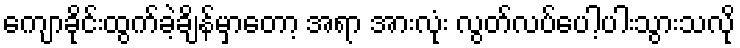
ကျောခိုင်းထွက်ခဲ့ချိန်မှာတော့ အရာ အားလုံး လွတ်လပ်ပေါ့ပါးသွားသလို